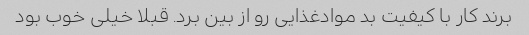
برند کار با کیفیت بد موادغذایی رو از بین برد. قبلا خیلی خوب بود